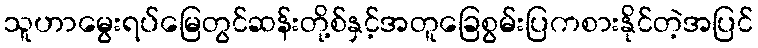
သူဟာမွေးရပ်မြေတွင်ဆန်းတို့စ်နှင့်အတူခြေစွမ်းပြကစားနိုင်တဲ့အပြင်